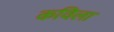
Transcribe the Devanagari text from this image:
कविला